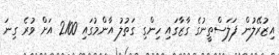
އިޒުރޭލުން ފަލަސްތީނުގެ ގާޒާގައި ހިންގި ގަތުލު އާންމުގައި 2100 އަށް ވުރެ ގިނަ